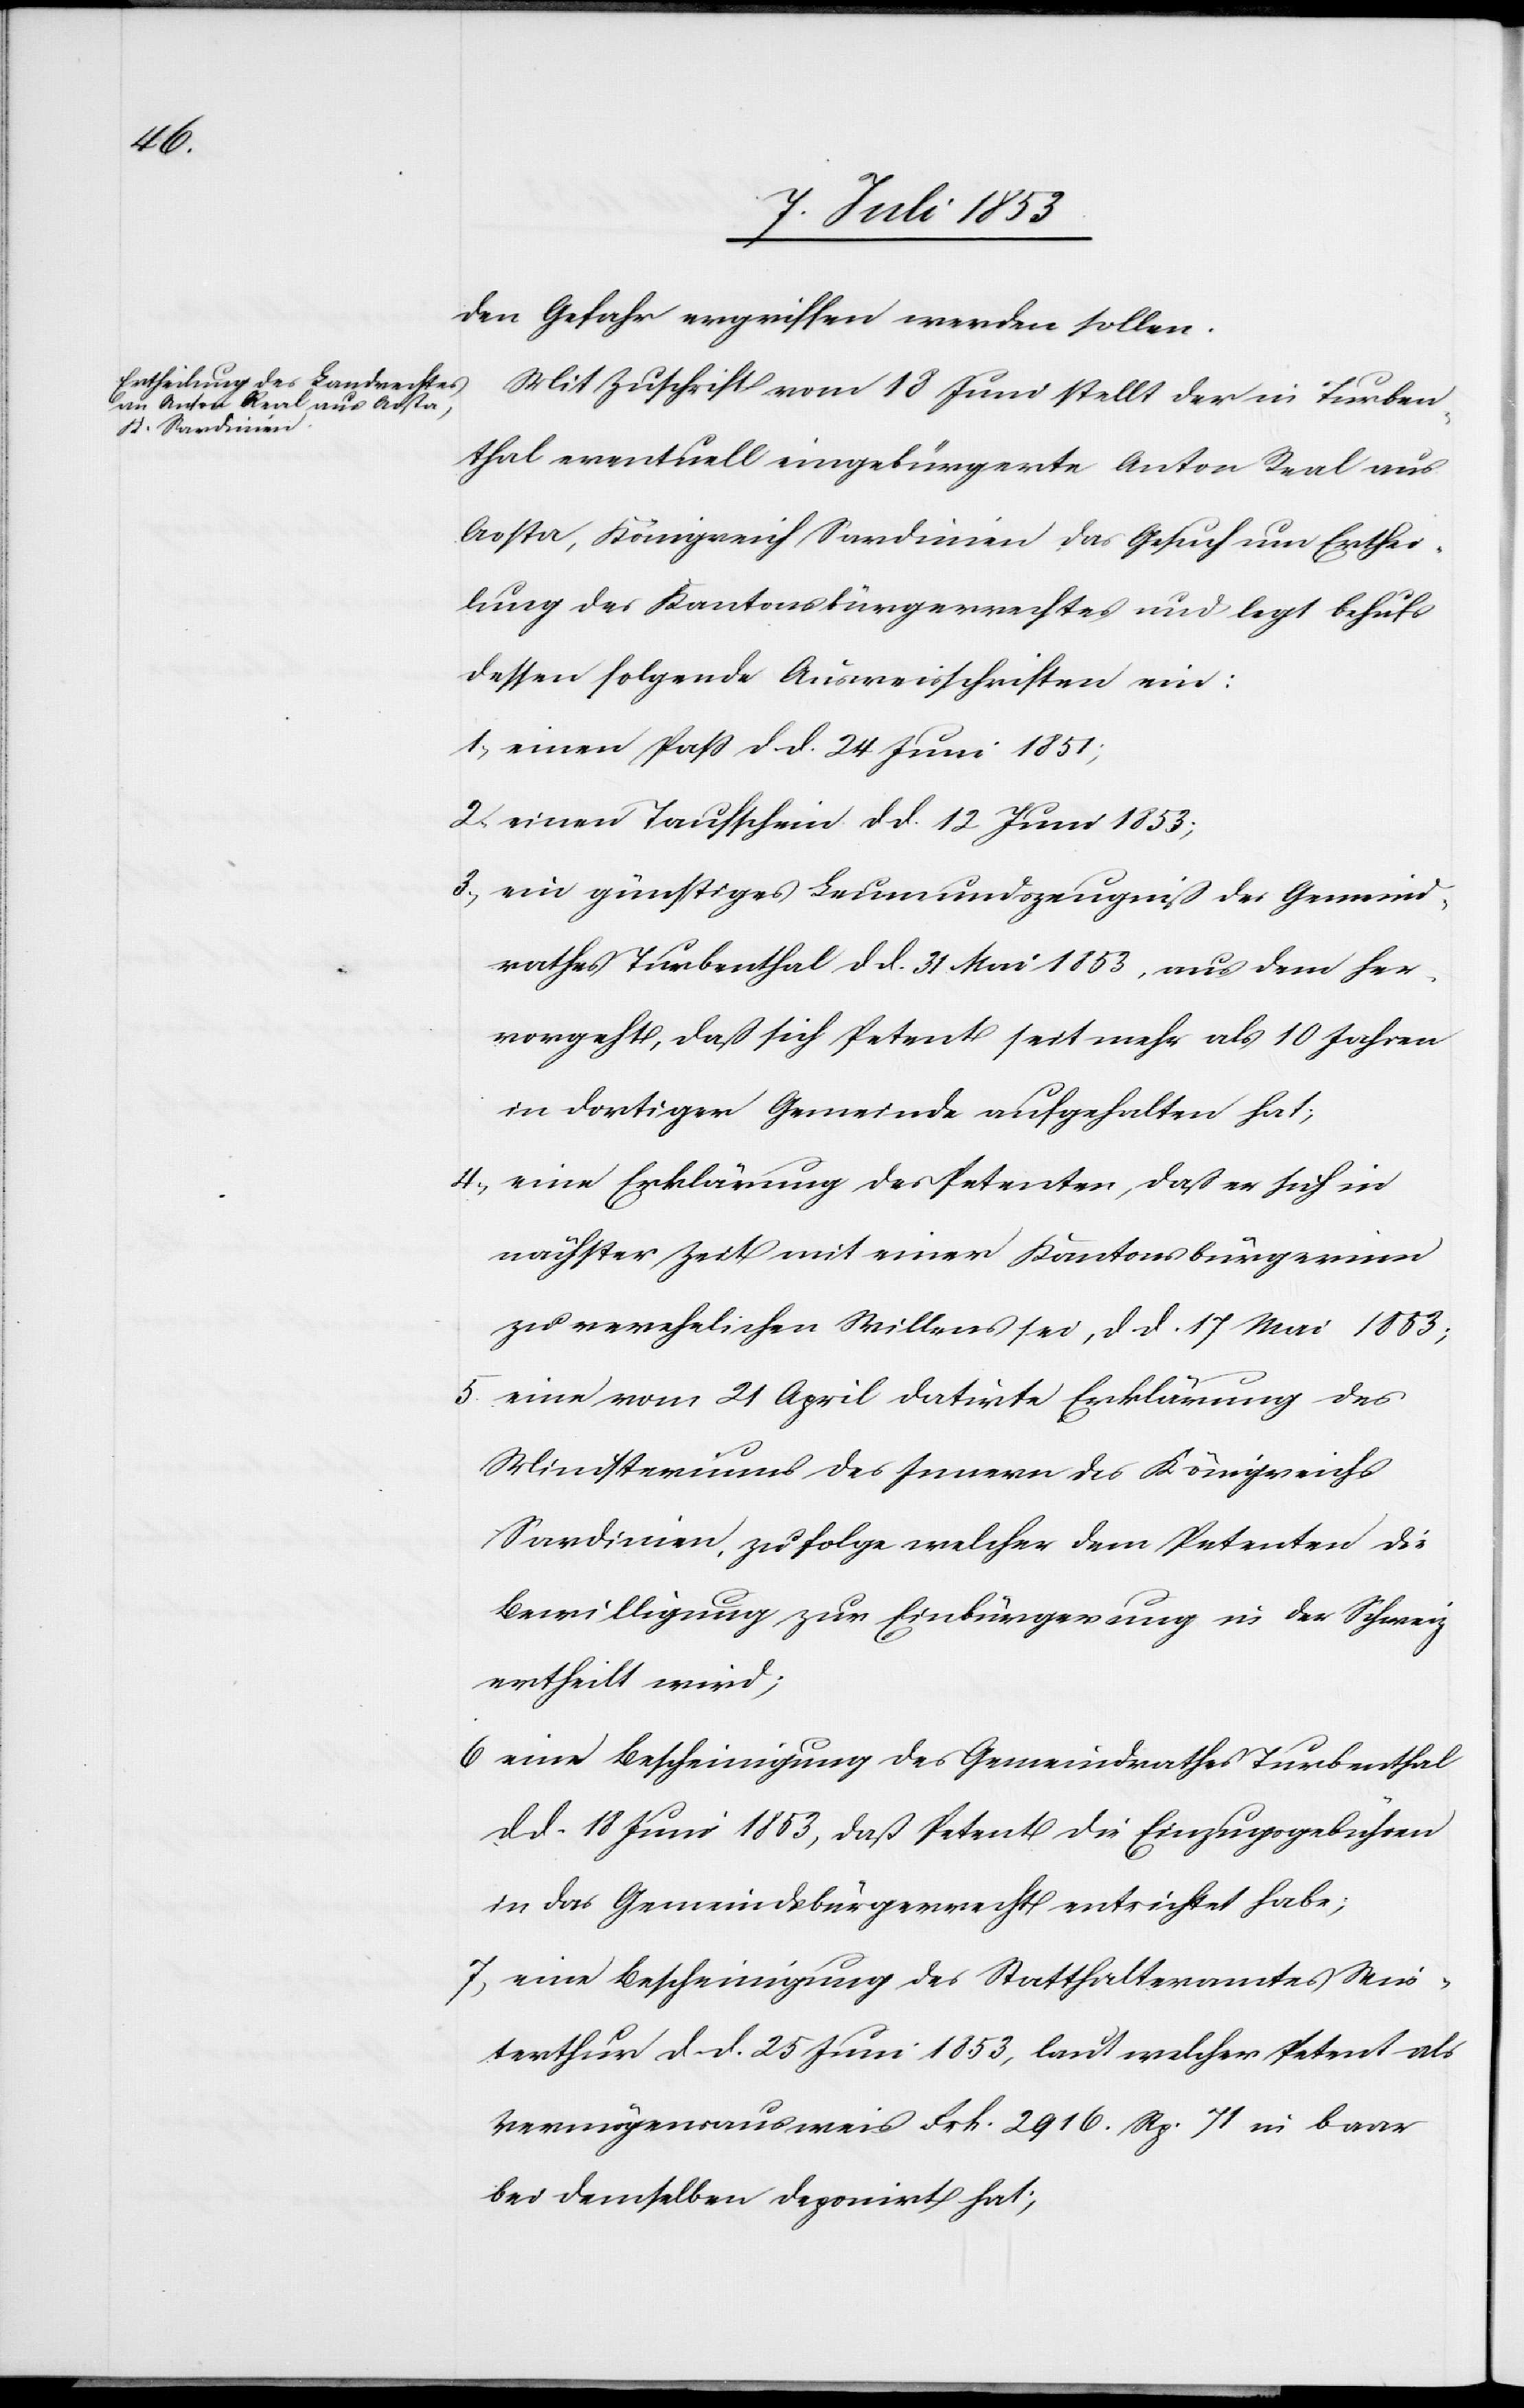
den Gefahr ergriffen werden sollen.
Mit Zuschrift vom 18 Juni stellt der im Turben¬
thal eventuell eingebürgerte Anton Real aus
Aosta, Königreich Sardinien, das Gesuch um Erthei¬
lung des Kantonsbürgerrechtes und legt behufs
dessen folgende Ausweisschriften ein:
1, einen Paß d. d. 24 Juni 1851;
2, einen Taufschein d. d. 12 Juni 1853;
3, ein günstiges Leumundszeugniß des Gemeind¬
rathes Turbenthal d. d. 31 Mai 1853, aus dem her¬
vorgeht, daß sich Petent seit mehr als 10 Jahren
in dortiger Gemeinde aufgehalten hat;
4, eine Erklärung, des Petenten, daß er sich in
nächster Zeit mit einer Kantonsbürgerinn
zu verehelichen Willens sei, d. d. 17 Mai 1853;
5, eine vom 21 April datirte Erklärung des
Ministeriums des Innern des Königreichs
Sardinien, zufolge welcher dem Petenten die
Bewilligung zur Einbürgerung in der Schweiz
ertheilt wird;
6 eine Bescheinigung des Gemeindrathes Turbenthal
d. d. 18 Juni 1853, daß Petent die Einzugsgebühren
in das Gemeindsbürgerrecht entrichtet habe;
7, eine Bescheinigung des Statthalteramtes Win¬
terthur d. d. 25 Juni 1853, laut welcher Petent als
Vermögensausweis Frk. 2916. Rp. 71 in baar
bei demselben deponirt hat;